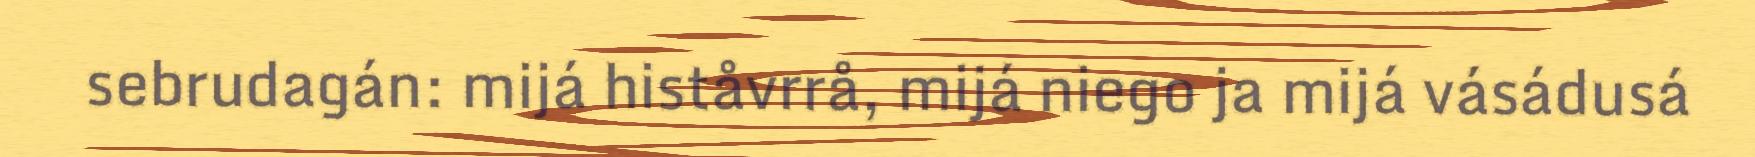
sebrudagán: mijá histåvrrå, mijá niego ja mijá vásádusá